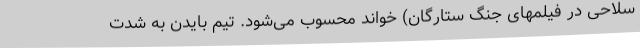
سلاحی در فیلمهای جنگ ستارگان) خواند محسوب می‌شود. تیم بایدن به شدت